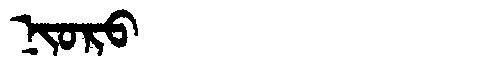
Manchu: ᠨᡳᠣᡵᠣ
Romanization: NIORO